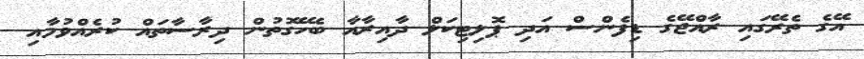
އޭގެ ތެރޭގައި ރާއްޖޭގެ ޑިފެންސް އަދި ޕޮލިޓިކަލް ދާއިރާއާ ބެހޭގޮތުން ދިރާސާތައް ކުރެއްވުމާއި